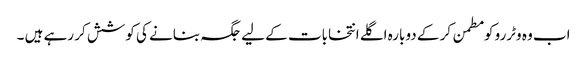
اب وہ وٹررو کو مطمن کر کے دوبارہ اگلے انتخابات کے لیے جگہ بنانے کی کوشش کر رہے ہیں ۔